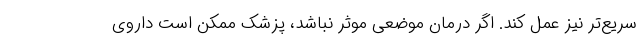
سریع‌تر نیز عمل کند. اگر درمان موضعی موثر نباشد، پزشک ممکن است داروی